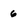
Character: 6